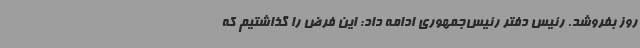
روز بفروشد. رئیس دفتر رئیس‌جمهوری ادامه داد: این فرض را گذاشتیم که